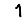
Digit: 1